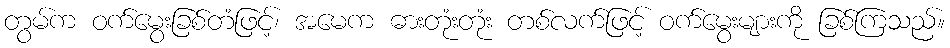
တွမ်က ဝက်မွေးခြစ်တံဖြင့်၊ အမေက ဓားတုံးတုံး တစ်လက်ဖြင့် ဝက်မွေးများကို ခြစ်ကြသည်။